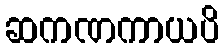
ဆကဏကာယပိ